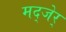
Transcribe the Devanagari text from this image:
मद्जेर्